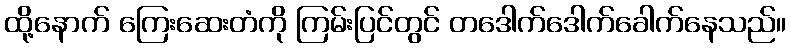
ထို့နောက် ကြေးဆေးတံကို ကြမ်းပြင်တွင် တဒေါက်ဒေါက်ခေါက်နေသည်။